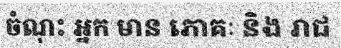
ចំណុះ អ្នក មាន ភោគៈ និង រាជ